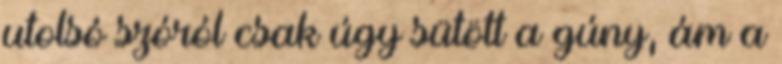
utolsó szóról csak úgy sütött a gúny, ám a